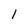
Character: W